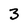
Character: 3